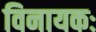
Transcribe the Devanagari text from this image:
विनायकः